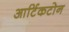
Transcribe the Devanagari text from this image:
आर्टिकटोन